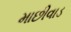
માછીવાડ